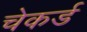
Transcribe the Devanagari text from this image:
चेकर्ड